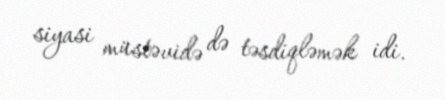
siyasi müstəvidə də təsdiqləmək idi.